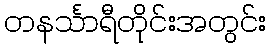
တနင်္သာရီတိုင်းအတွင်း